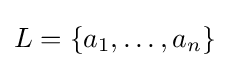
L=\left\{a_{1},\ldots ,a_{n}\right\}